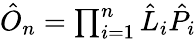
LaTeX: \begin{array}{r}{\hat{O}_{n}=\prod_{i=1}^{n}\hat{L}_{i}\hat{P}_{i}}\end{array}